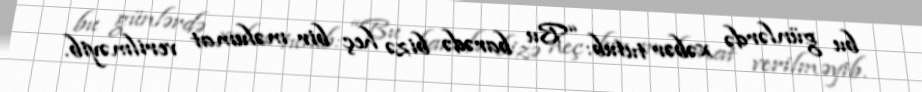
bu günlərdə xəbər tutub: “Bu barədə bizə heç bir məlumat verilməyib.